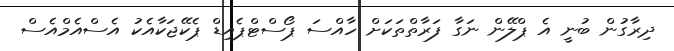
ދިރާގުން ބުނީ އެ ޕްލޭން ނަގާ ފަރާތްތަކަށް ހާއްސަ ޕޯސްޓްޕެއިޑް ޕެކޭޖަކާއެކު އެސްއެމްއެސް